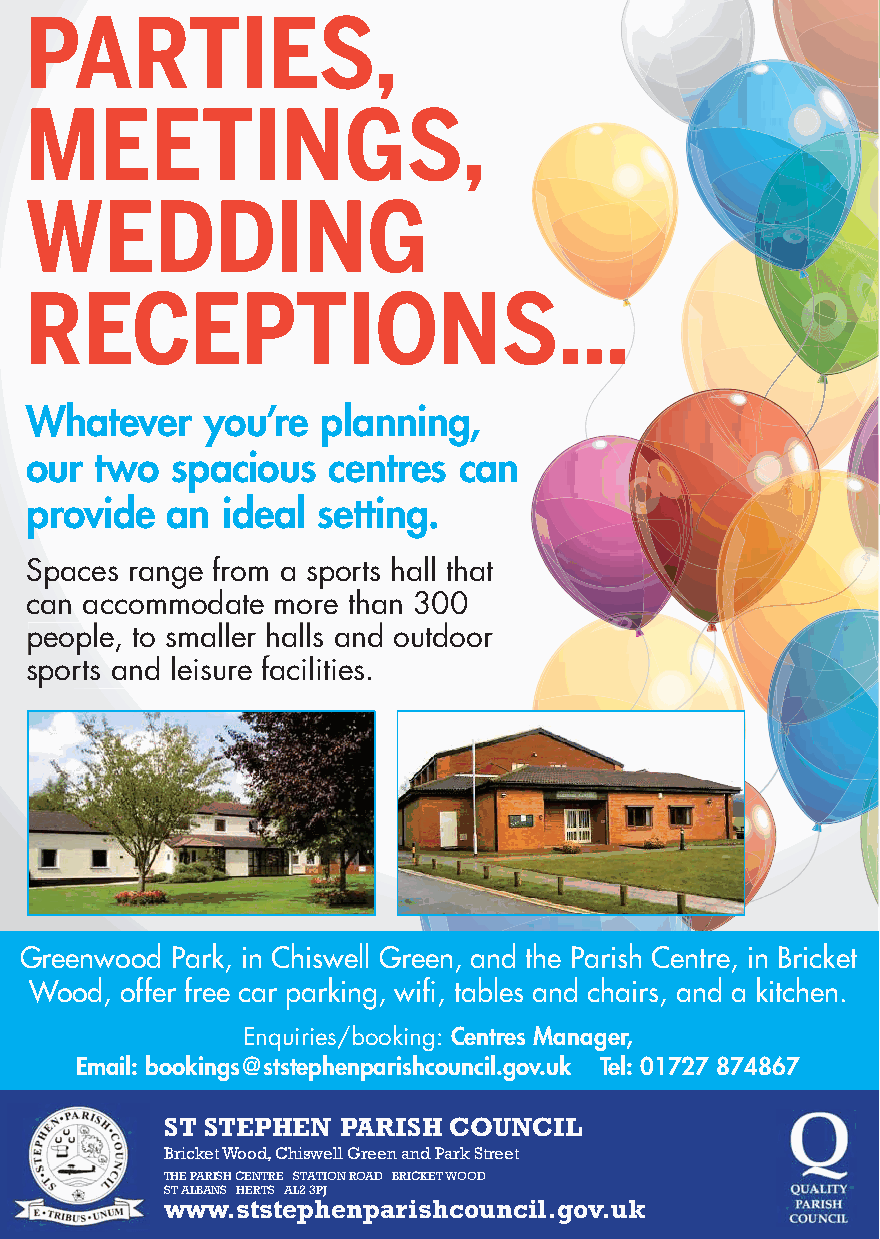
PARTIES,
 MEETINGS,
 WEDDING
 RECEPTIONS…
 Whatever    you’re planning,
 our two  spacious   centres can
 provide  an  ideal setting.
 Spaces range from a sports hall that
 can accommodate more than 300
 ppeopple, to smaller halls and outdoor
 sports and leisure facilities.
 Greenwood Park, in Chiswell Green, and the Parish Centre, in Bricket
 Wood, offer free car parking, wifi, tables and chairs, and a kitchen.
 Enquiries/booking: Centres Manager,
 Email: bookings@ststephenparishcouncil.gov.uk Tel: 01727 874867
 ST STEPHEN  PARISH COUNCIL
 B ricket Wood, Chiswell Green and Park Street
 THE PARISH CENTRE STATION ROAD BRICKET WOOD
 ST ALBANS HERTS AL2 3PJ
 PSRA NEWSLETTER, 1stw Sepwtemwber. - s28tths Fetberuapry 2h02e1 nparish4council.gov.uk www.psra.org.uk